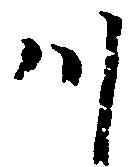
川